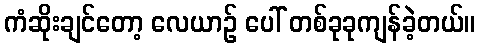
ကံဆိုးချင်တော့ လေယာဉ် ပေါ် တစ်ခုခုကျန်ခဲ့တယ်။